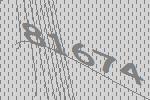
81674